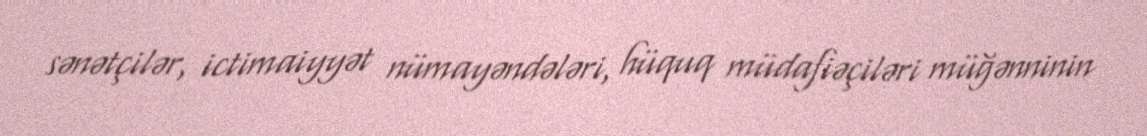
sənətçilər, ictimaiyyət nümayəndələri, hüquq müdafiəçiləri müğənninin